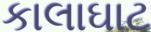
કાલાઘાટ